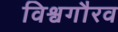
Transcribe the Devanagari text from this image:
विश्वगौरव